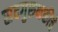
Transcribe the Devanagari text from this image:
सदगुरुभक्तीचे